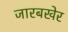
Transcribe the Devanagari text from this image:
जारबखेर